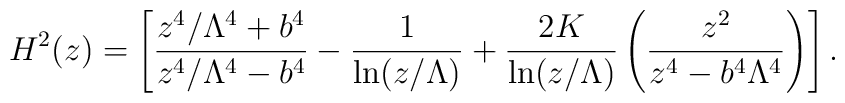
H^2(z)=\left[\frac{z^4/\Lambda^4+b^4}{z^4/\Lambda^4-b^4}-{1\over \ln (z/ \Lambda)}+{2 K  \over \ln(z/ \Lambda)}\left(\frac{z^2}{z^4-b^4\Lambda^4}\right)\right].